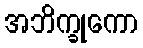
အဘိက္ခုကော